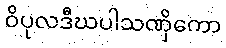
ဝိပုလဒီဃပါသဏှိကော